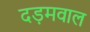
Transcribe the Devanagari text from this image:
दड़मवाल